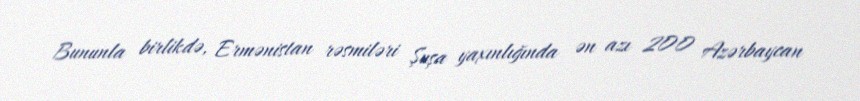
Bununla birlikdə, Ermənistan rəsmiləri Şuşa yaxınlığında ən azı 200 Azərbaycan